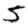
Digit: 5